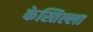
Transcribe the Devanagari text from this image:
केस्तिल्ला